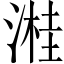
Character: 溎